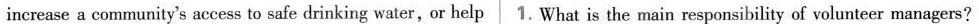
increase a community's access to safe drinking water,or help 1. What is the main responsibility of volunteer managers?